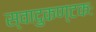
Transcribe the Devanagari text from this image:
स्वादुकण्टकः